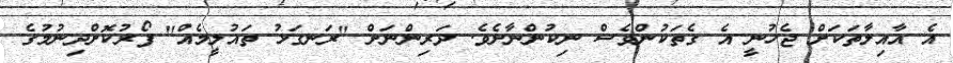
އެ އާއިލާތަކަށް ޖެހުނީ އެ ގެތަކުންވެސް ނިކުންނާށެވެ. ދަރިންނަށް "ރަނގަޅު ތައުލީމެއް" ފޯރުކޮށްދިނުމުގެ